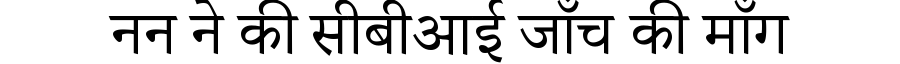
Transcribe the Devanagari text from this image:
नन ने की सीबीआई जाँच की माँग